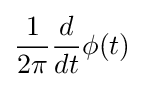
{\frac {1}{2\pi }}{\frac {d}{dt}}\phi (t)